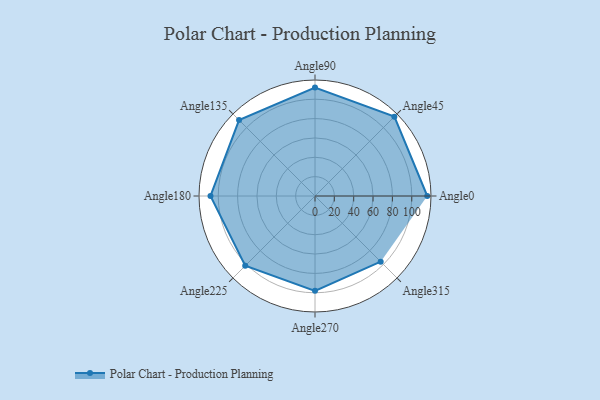
{"axis": {"x": "Angle", "y": "Radius"}, "legend": [""], "data": [{"x": "Angle0", "y": 116.0, "type": ""}, {"x": "Angle45", "y": 116.0, "type": ""}, {"x": "Angle90", "y": 112.0, "type": ""}, {"x": "Angle135", "y": 111.0, "type": ""}, {"x": "Angle180", "y": 108.0, "type": ""}, {"x": "Angle225", "y": 102.0, "type": ""}, {"x": "Angle270", "y": 98.0, "type": ""}, {"x": "Angle315", "y": 96.0, "type": ""}]}